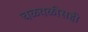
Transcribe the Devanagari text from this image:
चळवळीसही